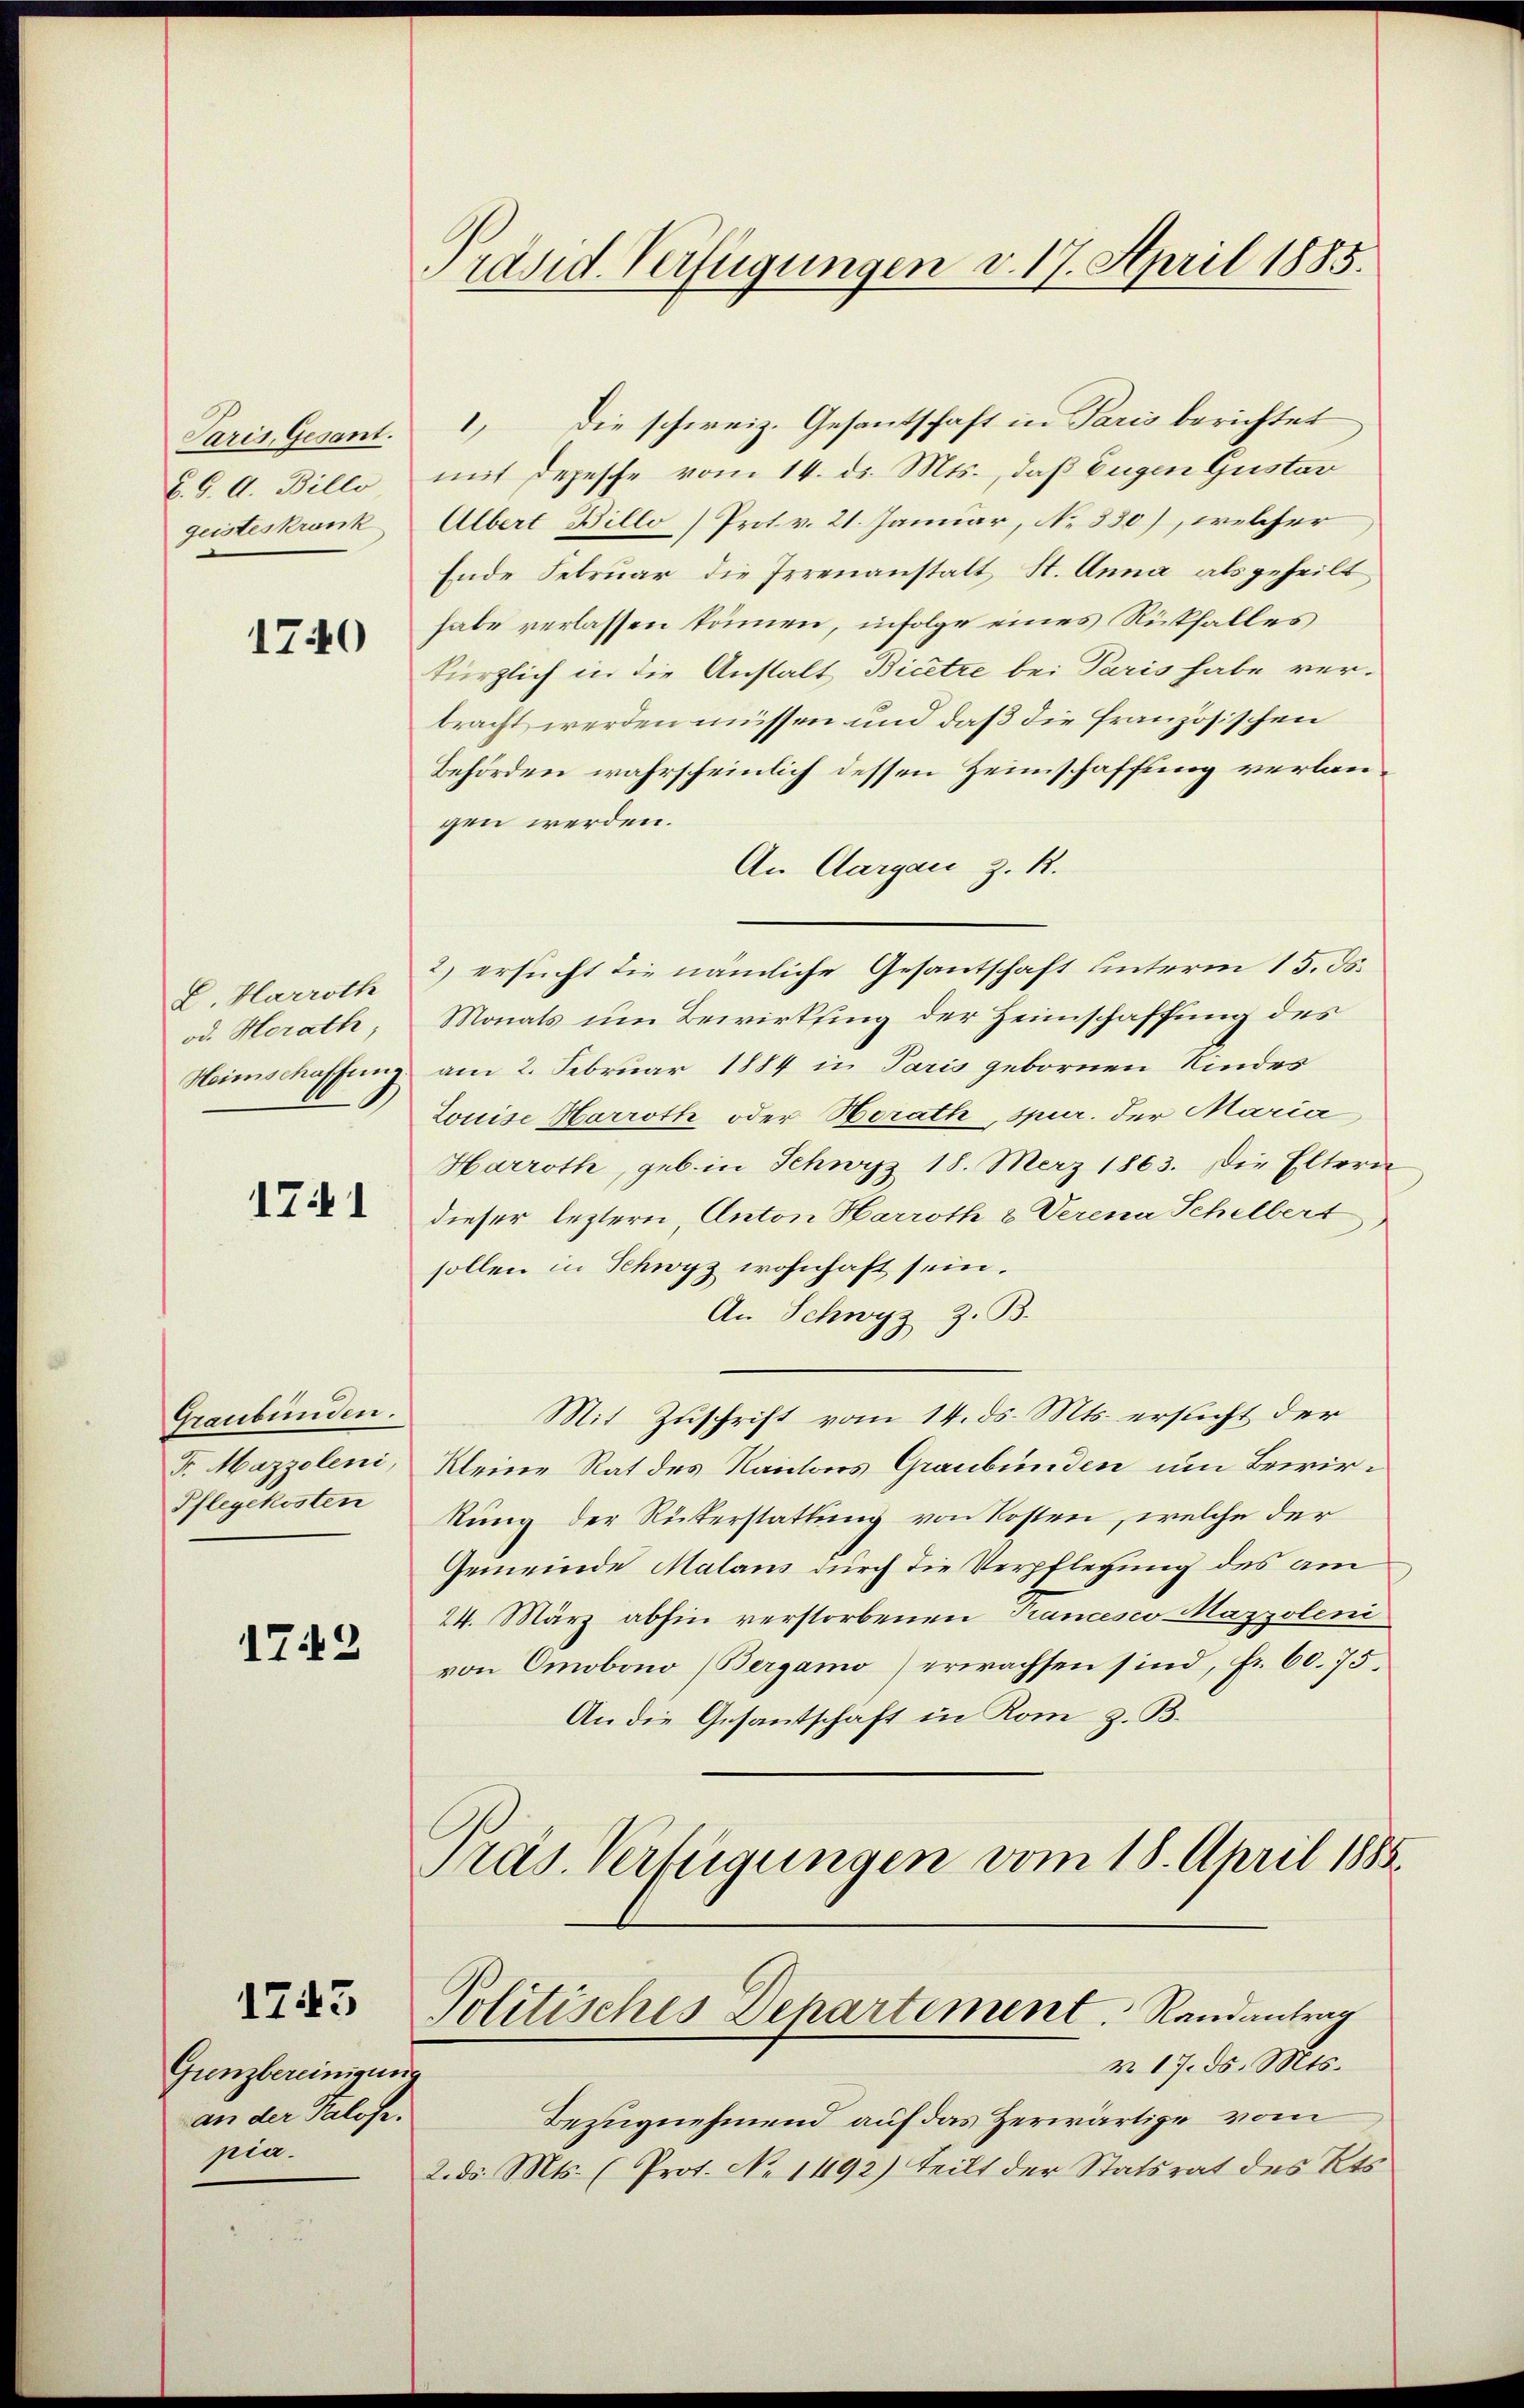
C.G. A. Billo
geisteskrank

1740

E. Harroth
od. Horath,

1741

Graubünden.
Pflegekosten

1742

1743

Grenzbereinigung
an der Salofe.
pia.

Präsid. Verfügungen v. 17. April 1885.

Paris Gesant. 1, die schweiz. Gesantschaft in Paris berichtet
mit Depesche vom 14. d. Mts., daß Eugen Gustav
Albert Billo Prot. v. 21. Januar, No 330), welcher
Ende Februar die Irrenanstalt St. Anna als geheilt
habe verlassen können, infolge eines Rückfalles
kürzlich in die Anstalt Bicetze bei Paris habe ver-
bracht werden müssen und daß die französischen
Behörden wahrscheinlich dessen Zeimschaffung verlaugen werden.
An Aargau z. R.
2) ersucht die nämliche Gesantschaft unterm 15. ds.
Monats um Bewirkling der Heimschaffung des
Heimschaffung am 2. Februar 1884 in Paris gebornen Kindes
Louise Harroth oder Horath, spur. der Maria
Harroth, geb. in Schwyz 18. März 1863. Die Eltern
dieser leztern, Anton Harroth & Verena Schelbert
sollen in Schwyz wohnhaft sein.
An Schwyz z. B.
Mit Zuschrift vom 14. ds. Mts. ersucht der
F. Mazzoleni, Kleine Rat des Kantons Graubünden um Bewir¬
Rung der Rükerstattung von Kosten, welche der
Gemeinde Malans durch die Verpflegung des am
24. März abhin verstorbenen Trancesco Mazzoleni
von Omobono (Bergamo) erwachsen sind, Fr. 60. 75.
An die Gesantschaft in Rom z. B.
Präs. Verfügungen vom 18. April 1888

Politisches Departement. Randantrag
v. 17. d. Mts.

Bezugnehmend auf das Zerwärtige vom
2. d. Mts. (Prot. No 1192) teilt der Statsrat des Kts.